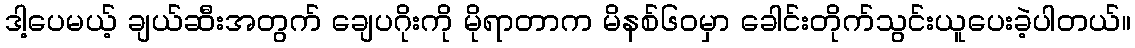
ဒါ့ပေမယ့် ချယ်ဆီးအတွက် ချေပဂိုးကို မိုရာတာက မိနစ်၆၀မှာ ခေါင်းတိုက်သွင်းယူပေးခဲ့ပါတယ်။